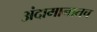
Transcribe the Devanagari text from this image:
अंदामानातच